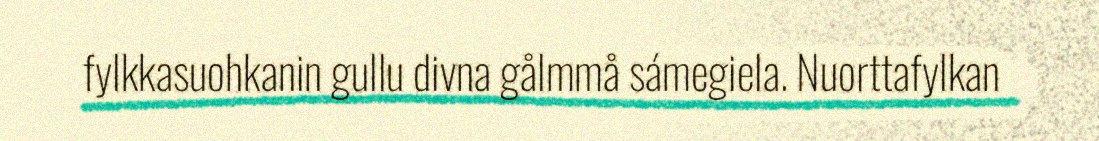
fylkkasuohkanin gullu divna gålmmå sámegiela. Nuorttafylkan